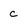
Character: C